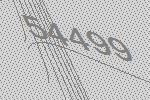
54499